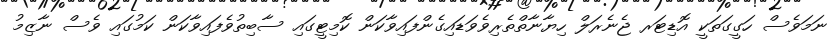
ނަމަވެސް ހަގީގަތަކީ އޮޑިޓަރ ޖެނެރަލް ހިޔާނާތްތެރިވެވަޑައިގެންފައިވާކަން ކޮމިޓީގައި ސާބިތުވެފައިވާކަން ކަމުގައި ވެސް ނާޒިމު